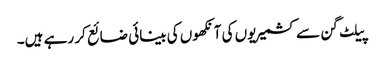
پیلٹ گن سے کشمیریوں کی آنکھوں کی بینائی ضائع کر رہے ہیں۔